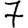
Digit: 7